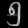
Digit: ၅